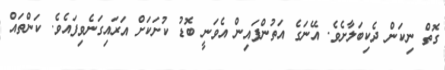
ގޮތް ނިކަން ދެކިބަލާށެވެ. އޭނަގެ އަތުންފައިން އެވަނީ ބޮޑު ކުށަކަށް އަރައިގަނެވިފައެވެ. ކަންތައް